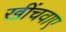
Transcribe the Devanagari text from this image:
खींचवाए